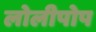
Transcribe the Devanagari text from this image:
लोलीपोप